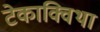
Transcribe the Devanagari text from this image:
टेकाक्विथा